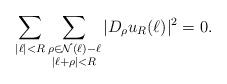
LaTeX: \begin{align*}\sum_{|\ell| < R} \sum_{ \substack{\rho \in \mathcal{N}(\ell) - \ell \\ |\ell + \rho| < R}} |D_{\rho}u_{R}(\ell)|^{2} = 0. \end{align*}